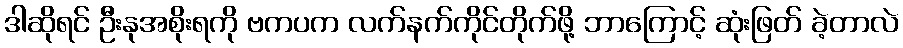
ဒါဆိုရင် ဦးနုအစိုးရကို ဗကပက လက်နက်ကိုင်တိုက်ဖို့ ဘာကြောင့် ဆုံးဖြတ် ခဲ့တာလဲ